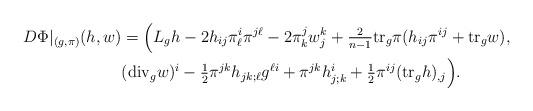
LaTeX: \begin{align*} D\Phi|_{(g,\pi)} (h , w) &=\Big(L_g h -2 h_{ij} \pi_\ell^i \pi^{j\ell} - 2 \pi^j_k w^k_j +\tfrac{2}{n-1}\mbox{tr}_g \pi (h_{ij} \pi^{ij} + \mbox{tr}_g w), \\&( \mbox{div}_g w)^i - \tfrac{1}{2} \pi^{jk} h_{jk;\ell} g^{\ell i} + \pi^{jk} h^i_{j;k} +\tfrac{1}{2} \pi^{ij} (\mbox{tr}_g h)_{,j}\Big).\end{align*}